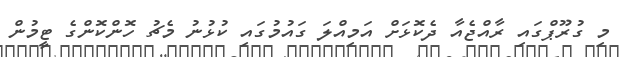
މި ގުރޫޕްގައި ރާއްޖެއާ ދެކޮޅަށް އަމިއްލަ ގައުމުގައި ކުޅުނު މެޗު ހޮންކޮންގެ ޓީމުން